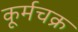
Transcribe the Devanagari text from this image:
कूर्मचक्र